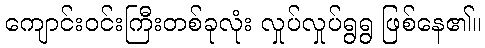
ကျောင်းဝင်းကြီးတစ်ခုလုံး လှုပ်လှုပ်ရွရွ ဖြစ်နေ၏။